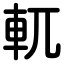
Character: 軏